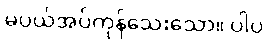
မပယ်အပ်ကုန်သေးသော။ ပါပ